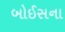
બોઈસના